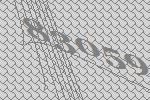
83059